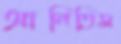
আনিতিস